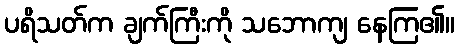
ပရိသတ်က ချက်ကြီးကို သဘောကျ နေကြ၏။